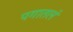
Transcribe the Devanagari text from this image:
पगातलं